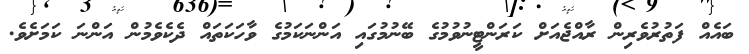
ބައެއް ފަތުރުވެރިން ރާއްޖެއަށް ކަރަންޓީނުވުމުގެ ބޭނުމުގައި އަންނަކަމުގެ ވާހަކަތައް ދެކެވެމުން އަންނަ ކަމަށެވެ.